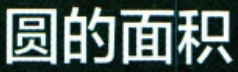
圆的面积